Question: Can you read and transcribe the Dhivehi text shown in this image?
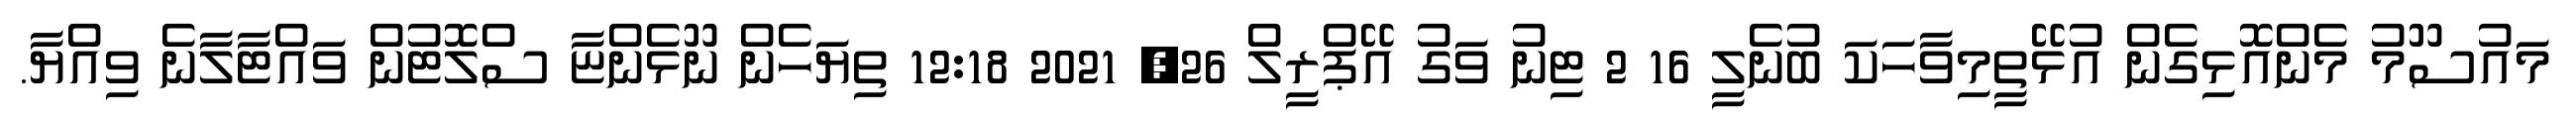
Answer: މައުސޫމު މެންއޮޅިގެން އުޅޭތީމިވާހަކަ ބުނެލީ 16 2 ޓިނު ވަގު އޭޕްރީލް 26, 2021 12:18 ތިޔަހެން ނޫޅެންޏާ ސްލޮޓުން ވައްޓާލާނެ ވިއްޔާ.